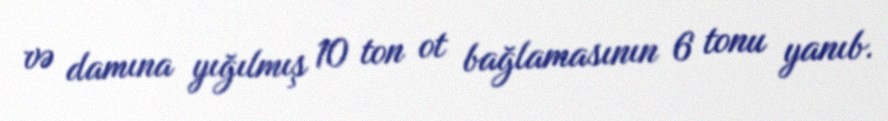
və damına yığılmış 10 ton ot bağlamasının 6 tonu yanıb.